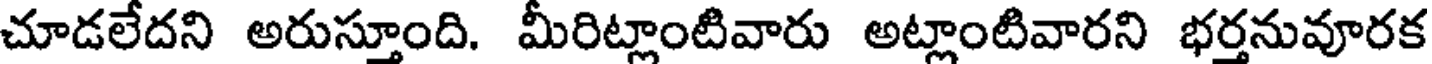
చూడలేదని అరుస్తూంది. మీరిట్లాంటివారు అట్లాంటివారని భర్తనువూరక